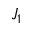
J _ { 1 }